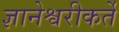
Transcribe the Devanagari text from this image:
ज्ञानेश्वरीकर्ते